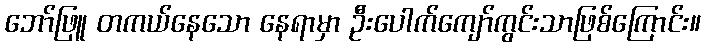
ဘော်ဖြူ တကယ်နေသော နေရာမှာ ဦးပေါက်ကျော်ကွင်းသာဖြစ်ကြောင်း။